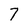
Character: 7